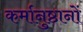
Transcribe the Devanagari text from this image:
कर्मानुष्ठानों